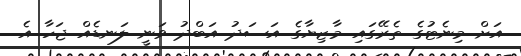
އަށް މިނެޓުގެ ތެރޭގައި މާޒިޔާގެ އަސަދު އަބްދު ވަނީ ލަނޑެއް ޖަހާ އެ